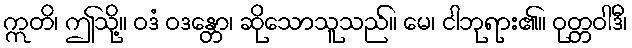
ဣတိ၊ ဤသို့။ ဝဒံ ဝဒန္တော၊ ဆိုသောသူသည်။ မေ၊ ငါဘုရား၏။ ဝုတ္တဝါဒီ၊